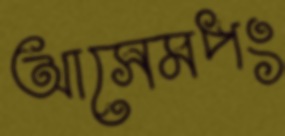
আসেমপং